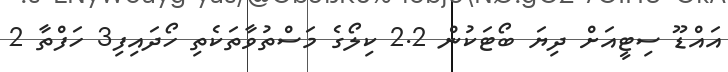
އައްޑޫ ސިޓީއަށް ދިޔަ ބޯޓަކުން 2.2 ކިލޯގެ މަސްތުވާތަކެތި ހޯދައިފި3 ހަފްތާ 2